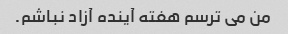
من می ترسم هفته آینده آزاد نباشم.